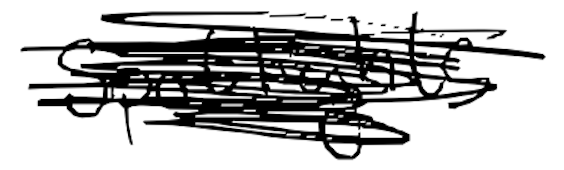
Text: Spotlights
Cross-out: scratch
Writing tool: digital_black